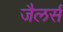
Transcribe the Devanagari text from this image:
जैलर्स